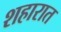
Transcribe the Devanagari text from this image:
शहारात